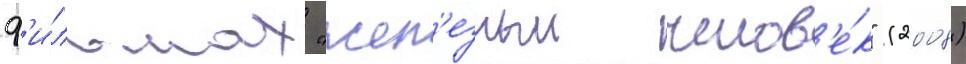
ф'и́льмах "жел'езныи челов'е́к" (2008)